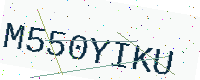
Text: M550YIKU